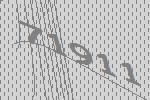
71911